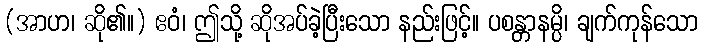
(အာဟ၊ ဆို၏။) ဧဝံ၊ ဤသို့ ဆိုအပ်ခဲ့ပြီးသော နည်းဖြင့်။ ပစန္တာနမ္ပိ၊ ချက်ကုန်သော